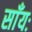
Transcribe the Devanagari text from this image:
साँयः